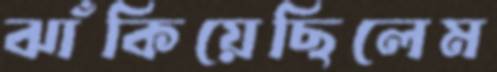
ঝাঁকিয়েছিলেম